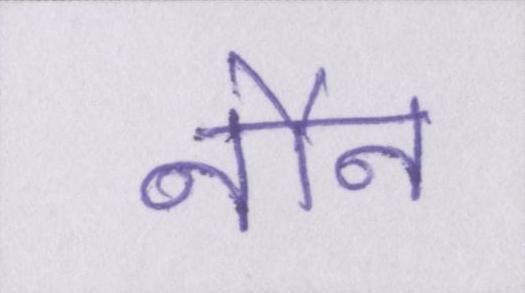
नौन